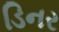
ડિનર